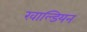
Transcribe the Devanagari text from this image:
खाल्डियन